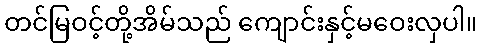
တင်မြဝင့်တို့အိမ်သည် ကျောင်းနှင့်မဝေးလှပါ။